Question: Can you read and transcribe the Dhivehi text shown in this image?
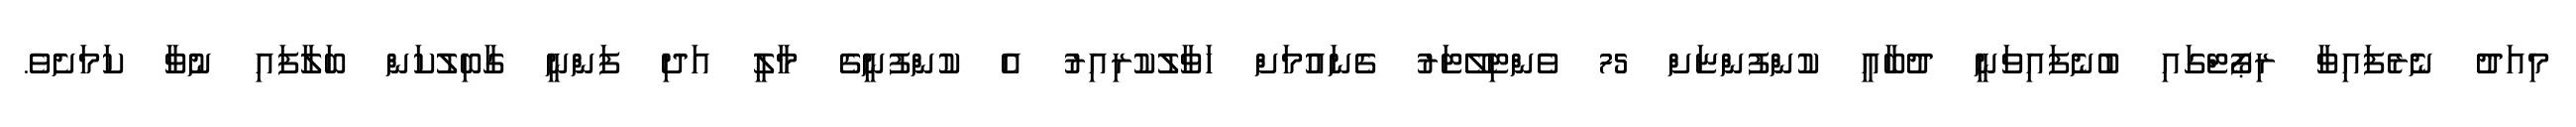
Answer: މިއަދު ނެެރެފައިވާ ރިޕޯޓްގައި ބުނެފައިވަނީ ދުބާއީ ކުންފުންޏަށް 75 ވެންޓިލޭޓަރު ގެނައުމަށް ހަވާލުކުރިއިރު އެ ކުންފުނީގެ މާލީ އަދި ފަންނީ ގާބިލުކަން ބަލާފައި ނުވާ ކަމަށެވެ.